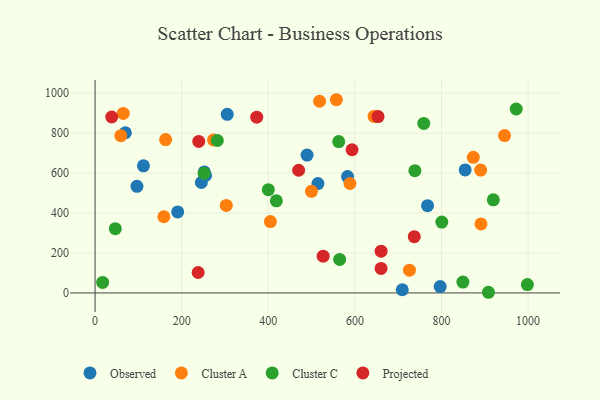
{"axis": {"x": "Investment", "y": "Fuel Efficiency"}, "legend": ["Cluster A", "Cluster C", "Observed", "Projected"], "data": [{"x": "583.1", "y": 582.5, "type": "Observed"}, {"x": "245.4", "y": 553.0, "type": "Observed"}, {"x": "797.0", "y": 31.7, "type": "Observed"}, {"x": "514.7", "y": 547.5, "type": "Observed"}, {"x": "255.1", "y": 588.0, "type": "Observed"}, {"x": "767.8", "y": 436.9, "type": "Observed"}, {"x": "190.8", "y": 405.4, "type": "Observed"}, {"x": "709.5", "y": 16.0, "type": "Observed"}, {"x": "489.6", "y": 690.5, "type": "Observed"}, {"x": "305.2", "y": 894.3, "type": "Observed"}, {"x": "252.2", "y": 605.8, "type": "Observed"}, {"x": "111.7", "y": 636.2, "type": "Observed"}, {"x": "854.7", "y": 615.9, "type": "Observed"}, {"x": "70.0", "y": 802.1, "type": "Observed"}, {"x": "96.7", "y": 533.8, "type": "Observed"}, {"x": "726.0", "y": 113.8, "type": "Cluster A"}, {"x": "499.7", "y": 508.6, "type": "Cluster A"}, {"x": "162.9", "y": 768.1, "type": "Cluster A"}, {"x": "588.6", "y": 547.9, "type": "Cluster A"}, {"x": "644.3", "y": 883.9, "type": "Cluster A"}, {"x": "945.7", "y": 788.0, "type": "Cluster A"}, {"x": "273.4", "y": 766.0, "type": "Cluster A"}, {"x": "518.5", "y": 959.8, "type": "Cluster A"}, {"x": "557.3", "y": 967.4, "type": "Cluster A"}, {"x": "873.5", "y": 679.0, "type": "Cluster A"}, {"x": "891.2", "y": 345.3, "type": "Cluster A"}, {"x": "303.0", "y": 438.0, "type": "Cluster A"}, {"x": "404.9", "y": 357.1, "type": "Cluster A"}, {"x": "65.0", "y": 898.9, "type": "Cluster A"}, {"x": "59.4", "y": 787.6, "type": "Cluster A"}, {"x": "890.5", "y": 615.3, "type": "Cluster A"}, {"x": "158.8", "y": 381.5, "type": "Cluster A"}, {"x": "759.1", "y": 848.9, "type": "Cluster C"}, {"x": "972.6", "y": 920.9, "type": "Cluster C"}, {"x": "400.1", "y": 517.1, "type": "Cluster C"}, {"x": "800.8", "y": 354.9, "type": "Cluster C"}, {"x": "282.4", "y": 763.2, "type": "Cluster C"}, {"x": "17.4", "y": 52.6, "type": "Cluster C"}, {"x": "738.6", "y": 612.1, "type": "Cluster C"}, {"x": "562.7", "y": 757.8, "type": "Cluster C"}, {"x": "908.5", "y": 3.3, "type": "Cluster C"}, {"x": "849.5", "y": 54.4, "type": "Cluster C"}, {"x": "919.8", "y": 466.4, "type": "Cluster C"}, {"x": "251.8", "y": 599.2, "type": "Cluster C"}, {"x": "998.4", "y": 42.0, "type": "Cluster C"}, {"x": "564.8", "y": 167.8, "type": "Cluster C"}, {"x": "418.6", "y": 461.0, "type": "Cluster C"}, {"x": "46.7", "y": 321.5, "type": "Cluster C"}, {"x": "660.6", "y": 209.1, "type": "Projected"}, {"x": "653.5", "y": 882.8, "type": "Projected"}, {"x": "238.0", "y": 102.2, "type": "Projected"}, {"x": "593.5", "y": 716.8, "type": "Projected"}, {"x": "38.4", "y": 881.0, "type": "Projected"}, {"x": "373.3", "y": 880.2, "type": "Projected"}, {"x": "239.4", "y": 758.8, "type": "Projected"}, {"x": "737.2", "y": 281.9, "type": "Projected"}, {"x": "660.5", "y": 122.6, "type": "Projected"}, {"x": "526.7", "y": 184.0, "type": "Projected"}, {"x": "470.1", "y": 614.3, "type": "Projected"}]}